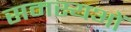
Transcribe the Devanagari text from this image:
समस्यओं